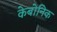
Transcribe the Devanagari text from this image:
केबोनिक